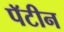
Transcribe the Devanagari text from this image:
पॅटीन